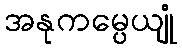
အနုကမ္ပေယျုံ